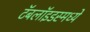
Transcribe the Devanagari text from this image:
टॅबलॉइडस्मध्ये